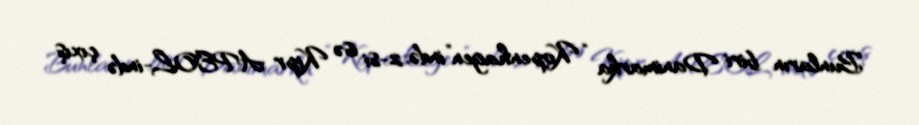
Bunların biri Danimarka “Kopenhagen”ində, 2-si isə Kipr APEOL-ində çıxış